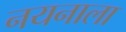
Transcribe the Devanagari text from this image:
नयनाला